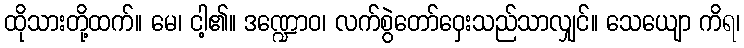
ထိုသားတို့ထက်။ မေ၊ ငါ့၏။ ဒဏ္ဍောဝ၊ လက်စွဲတော်ဝှေးသည်သာလျှင်။ သေယျော ကိရ၊